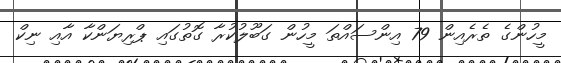
މީހުންގެ ތެރެއިން 79 އިންސައްތަ މީހުން ގަބޫލުކުރާ ގޮތުގައި ޕްރިޔަންކާ އާއި ނިކް